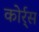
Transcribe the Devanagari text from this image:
कोर्र्स